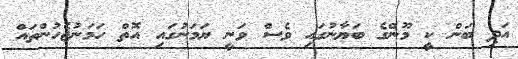
އަދި ބަން ކީ މޫންގެ ބަޔާނުގައި ވެސް ވަނީ ޔަމަނުގައި އޮތް ހަމަނުޖެހުންތައް